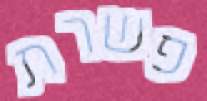
פשרת